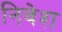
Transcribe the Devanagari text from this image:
निवेश